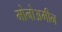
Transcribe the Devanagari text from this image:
मोनोअमीन